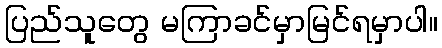
ပြည်သူတွေ မကြာခင်မှာမြင်ရမှာပါ။